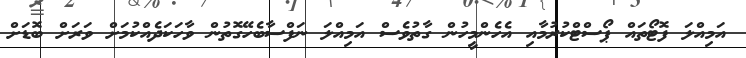
އަމިއްލަ ފޮޓޯތައް ޕޯސްޓްކުރުމާއި އެހެންމީހުން ގާތުވެސް އަމިއްލަ ނަފްސާބެހޭގޮތުން ވާހަކަދެއްކުމަށް ވަރަށް ބޮޑަށް